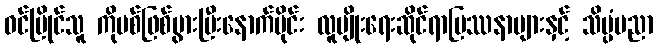
ဝင်ပြိုင်သူ ကိုဗစ်ဖြစ်ပွားပြီးနောက်ပိုင်း လူမျိုးရေးဆိုင်ရာပြဿနာများနှင့် သိပ္ပံပညာ